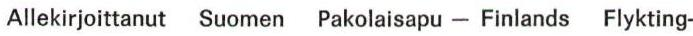
Allekirjoittanut Suomen Pakolaisapu - Finlands Flykting-